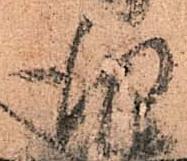
行